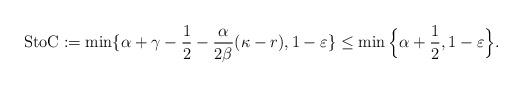
LaTeX: \begin{align*} \textup{StoC} := \min\{\alpha+\gamma-\frac{1}{2}-\frac{\alpha}{2\beta} (\kappa- r), 1-\varepsilon\}\leq \min\Big\{ \alpha + \frac{1}{2}, 1 - \varepsilon \Big\}.\end{align*}